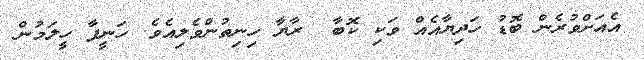
އެއަށްވުރެން ބޮޑު ހަދިޔާއެއް ވަކި ކޮބާ  ރާޔާ ހިނިތުންވެލިއެވެ. ހަނީފާ ހީލަމުން